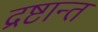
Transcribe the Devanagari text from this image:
द्रष्टान्त